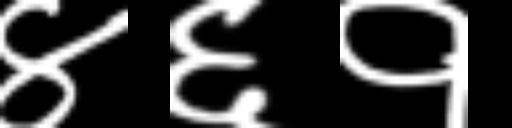
Text: ४६१